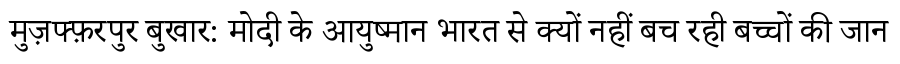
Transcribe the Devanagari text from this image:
मुज़फ्फ़रपुर बुखार: मोदी के आयुष्मान भारत से क्यों नहीं बच रही बच्चों की जान